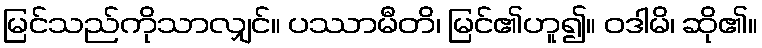
မြင်သည်ကိုသာလျှင်။ ပဿာမီတိ၊ မြင်၏ဟူ၍။ ဝဒါမိ၊ ဆို၏။